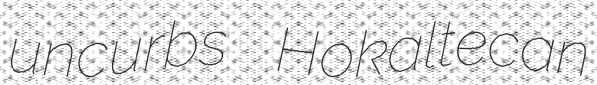
uncurbs Hokaltecan